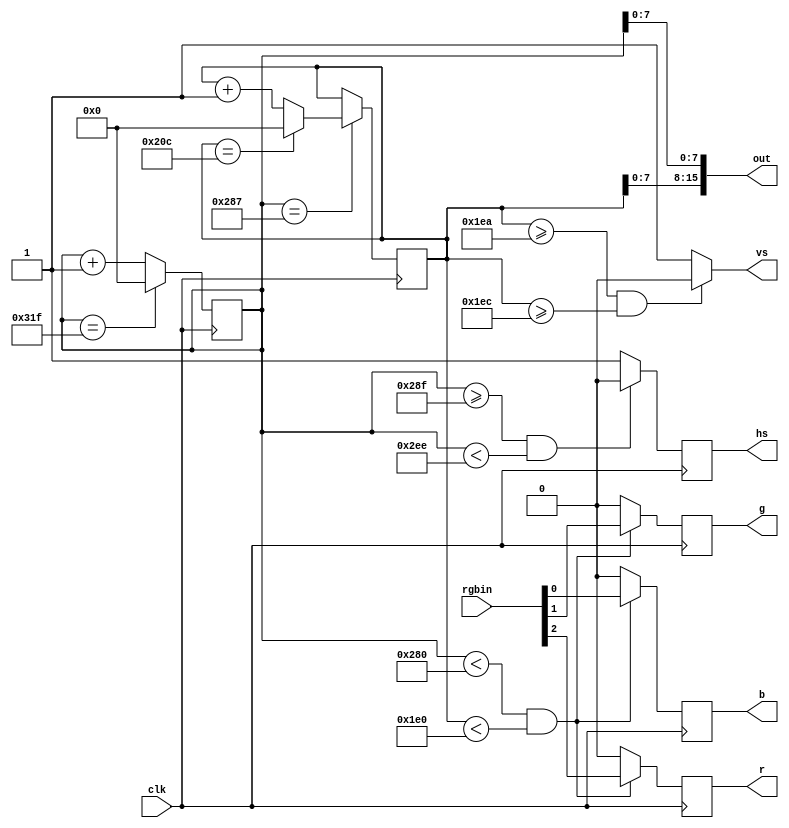
module vgamod(clk,r,g,b,hs,vs,rgbin,out);
input clk;
output hs,vs;
output r,g,b;
input [2:0]rgbin;
output[15:0]out;
reg hs,vs; 
reg[9:0]hcnt;
reg[9:0]vcnt;
reg r,g,b;
assign out={vcnt[7:0],hcnt[7:0]};

always@(posedge clk) begin
if(hcnt==799) hcnt<=0;else hcnt<=hcnt+1;end

always@(posedge clk) begin
if(hcnt==639+8) begin
if(vcnt==524) vcnt<=0; else vcnt<=vcnt+1; end
end

always@(posedge clk)
if((hcnt>=639+8+8)&&(hcnt<638+8+8+96)) hs<=0;else hs<=1;

always@(vcnt)
if((vcnt>=480+8+2)&&(vcnt>=480+8+2+2)) vs<=0;else vs<=1;


always@(posedge clk) begin
if((hcnt<640)&&(vcnt<480))
begin r<=rgbin[2];g<=rgbin[1];b<=rgbin[0];end
else begin r<=0;g<=0;b<=0; end
end
endmodule